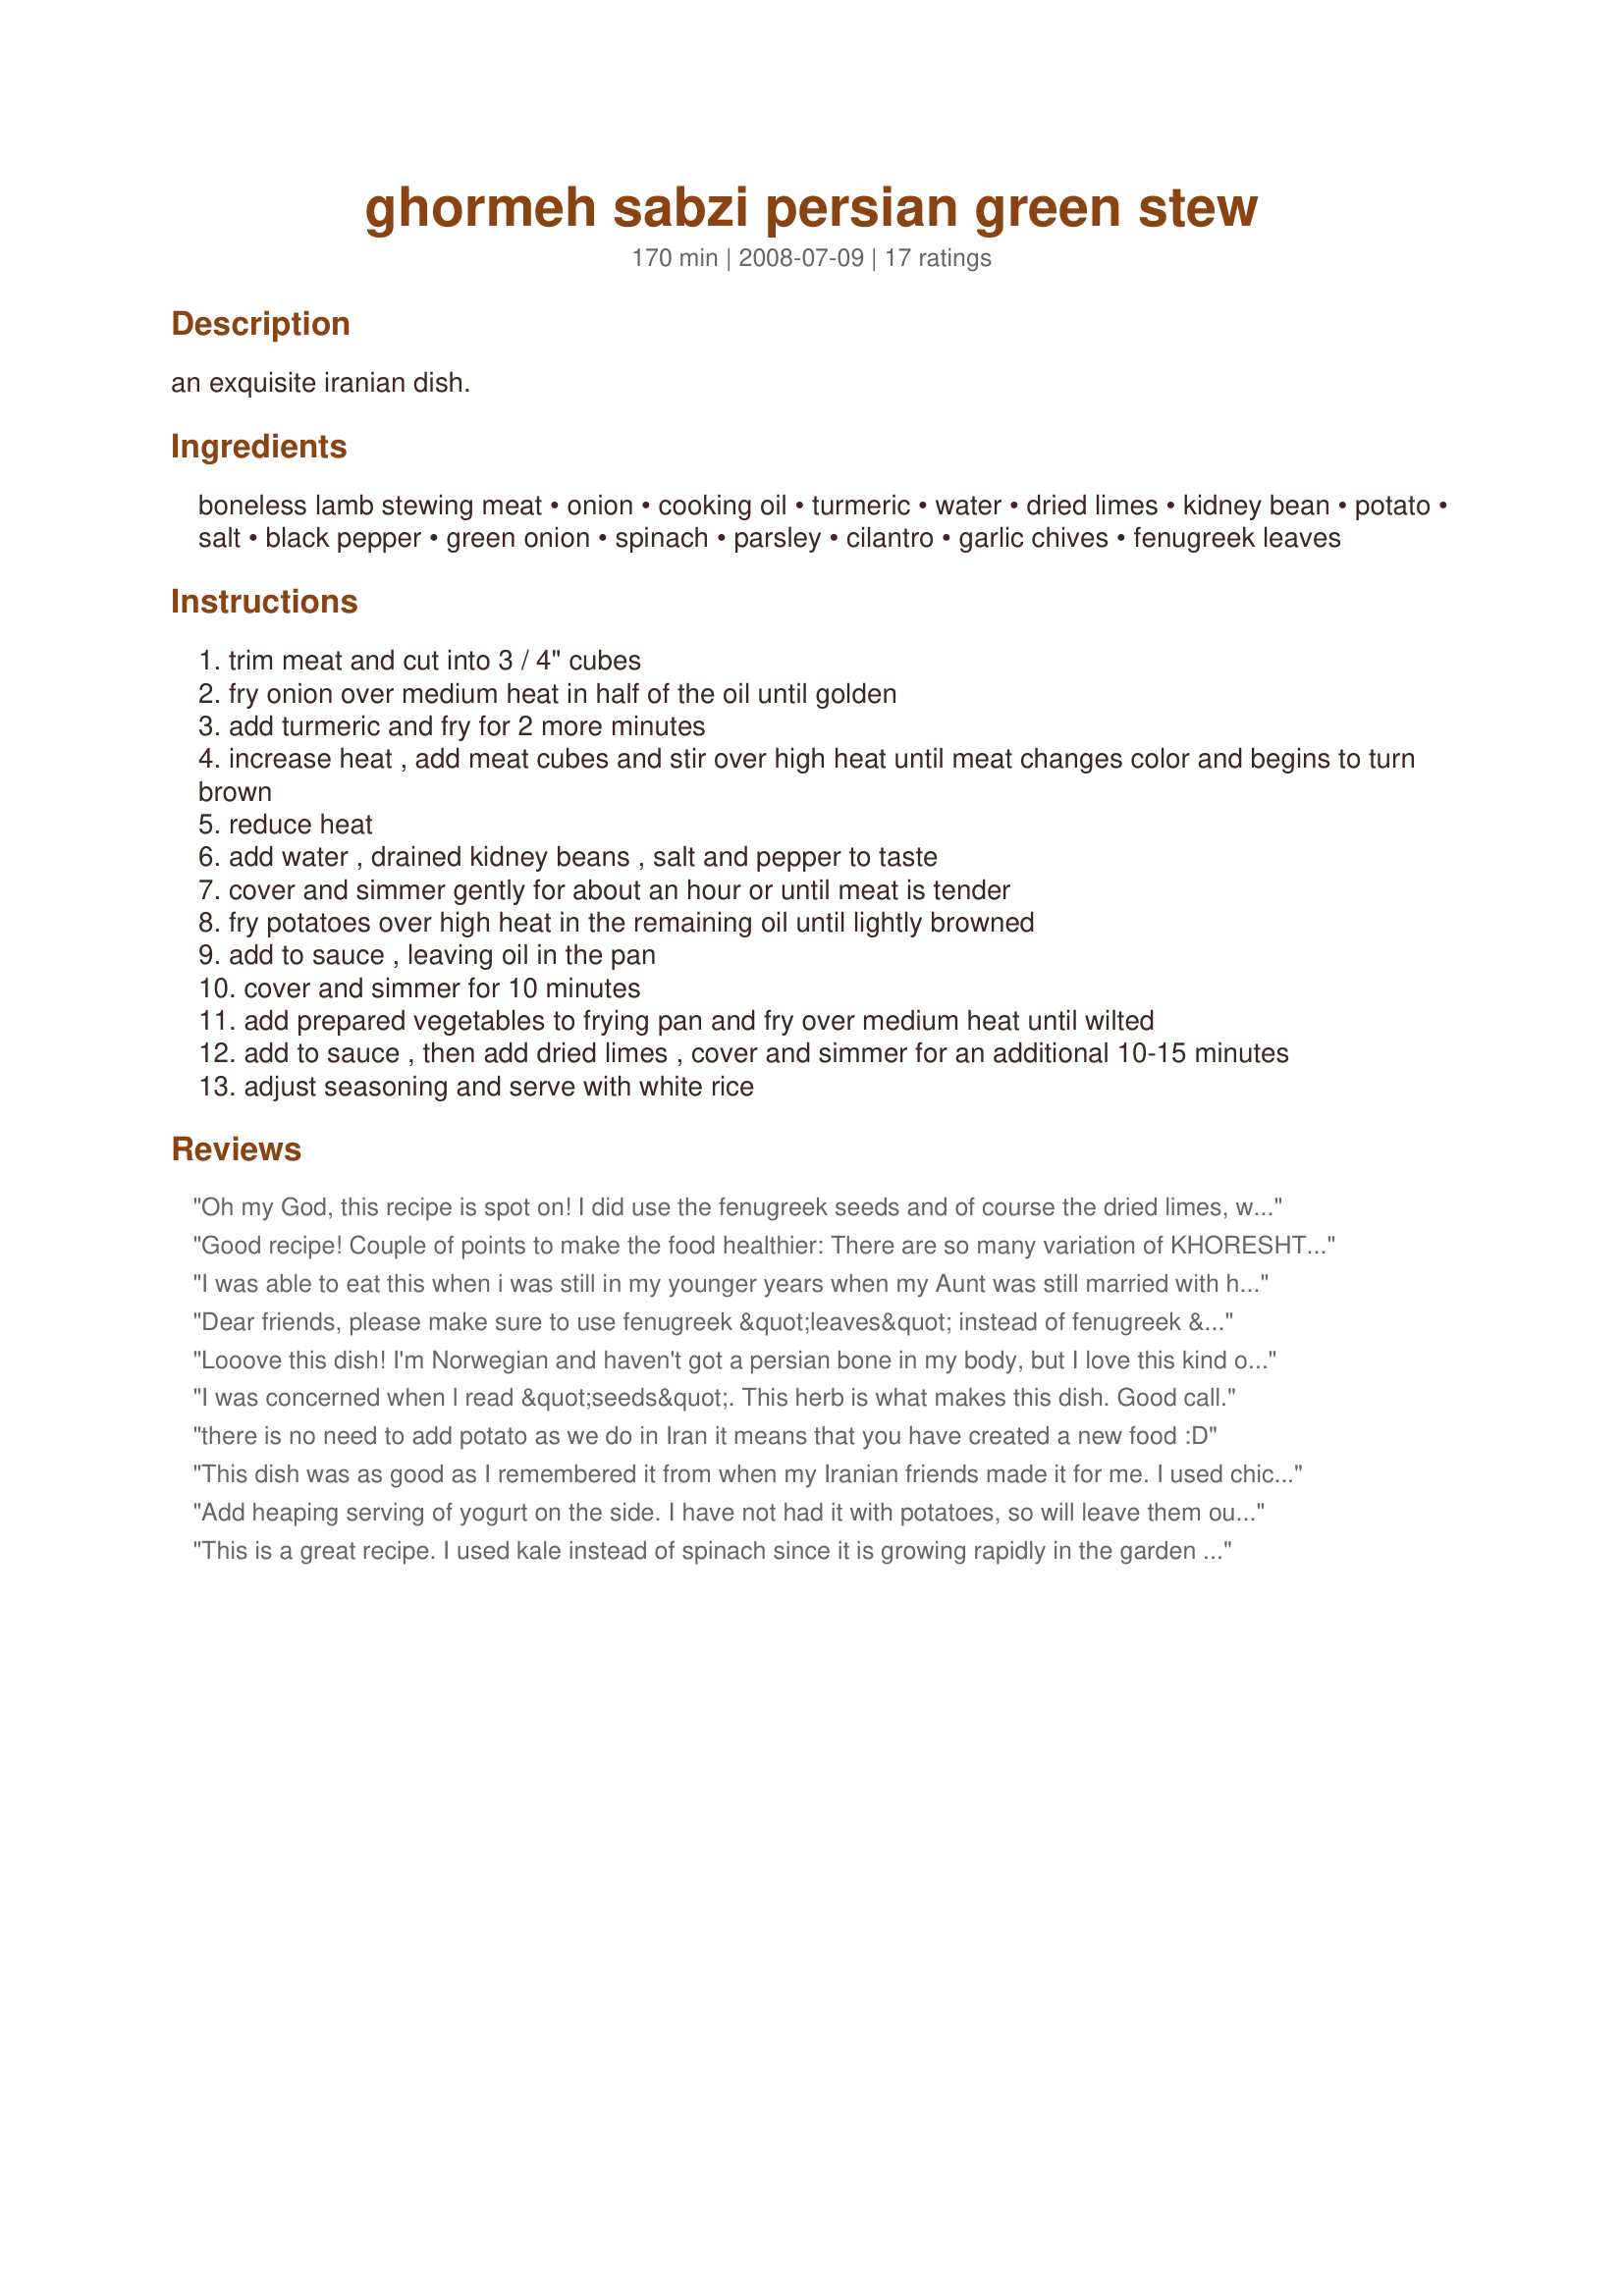
ghormeh sabzi persian green stew
Preparation time: 170 minutes

an exquisite iranian dish.

Ingredients:
boneless lamb stewing meat, onion, cooking oil, turmeric, water, dried limes, kidney bean, potato, salt, black pepper, green onion, spinach, parsley, cilantro, garlic chives, fenugreek leaves

Steps:
trim meat and cut into 3 / 4" cubes
fry onion over medium heat in half of the oil until golden
add turmeric and fry for 2 more minutes
increase heat , add meat cubes and stir over high heat until meat changes color and begins to turn brown
reduce heat
add water , drained kidney beans , salt and pepper to taste
cover and simmer gently for about an hour or until meat is tender
fry potatoes over high heat in the remaining oil until lightly browned
add to sauce , leaving oil in the pan
cover and simmer for 10 minutes
add prepared vegetables to frying pan and fry over medium heat until wilted
add to sauce , then add dried limes , cover and simmer for an additional 10-15 minutes
adjust seasoning and serve with white rice

Reviews:
Oh my God, this recipe is spot on! I did use the fenugreek seeds and of course the dried limes, which I got at a middle east market. Absolutely delicious. Anyone else wanting to try this and has never before had Persian food, be sure and eat this with Basmati Rice. Any other rice would be a sin. I cook my rice with saffron.
Good recipe! Couple of points to make the food healthier: There are so many variation of KHORESHT -E GHORMEH SABZI which means meat and herb stew. Some even makes it with chicken and some do not use Spinach... But the recipe is all and all a good one. You can try it with different herbs and see what suits you the best! I personally like it with lamb or veal meat but with I definitely love grass-fed meat and the bone together as it increases the nutritious factor and the taste of the food.
1- no need for potatoes unless you love it. Some Iranian from south and central provinces use it, but you really do not need the extra carbohydrate as usually one eats this with cooked Iranian (or if you cannot find Iranian, basmati) rice.
2- although you can use prepackaged dry herbs (bought from Iranian stores) that makes it easy, fresh herbs always taste superior and has more benefits and better color.
3- Instead of can bean, use red kidney beans or pinto beans, soaked overnight and cooked together with meat or separately. If you cook it separately, you can make sure the beans do not get too soft and add it to the stew with herbs. And also include the beans water if you cook it yourself, it makes the stew more solid and tastier in my opinion.
4- Do not fry the herbs too much. Five minuets frying is enough. I sometimes do not even fry them and add them right into the stew when the meat is almost cooked.
5- my observation is that somehow the next day ghormeh sabzi tastes even better :)
I was able to eat this when i was still in my younger years when my Aunt was still married with her Iranian hubby. And it was a long time ago. And i met an Iranian friend where i was able to eat this again. OMG! this really tastes good. I wanted to try it at home but don't know where to buy those herbs. Can anyone suggest where could i find it here in the Philippines. I tried looking for it in SM Hypermart but couldn't find it there. I hope i could get suggestions here. Thanks for anyone who could give me a reply on this.
Dear friends, please make sure to use fenugreek &quot;leaves&quot; instead of fenugreek &quot;seeds.&quot; If you use the seeds, it will ruin your dish and make it bitter. I submitted a correction. I hope that it&#039;s approved. Plus, traditional ghormeh sabzi does not potato in it. Happy cooking!
Looove this dish! I'm Norwegian and haven't got a persian bone in my body, but I love this kind of food. I'm vegan so I used Oumph (a kind of chicken substitute) instead of the meat, and it was just insane. I ate until I almost cried. Gonna make it again today, yum!
I was concerned when l read &quot;seeds&quot;. This herb is what makes this dish. Good call.
there is no need to add potato as we do in Iran it means that you have created a new food :D
This dish was as good as I remembered it from when my Iranian friends made it for me. I used chicken instead of lamb. I served it with Tahdig / Basmati rice. The flavours were amazing! I'll definitely be returning to this recipe sooner than later!
Add heaping serving of yogurt on the side. I have not had it with potatoes, so will leave them out. Have not made this yet, but will give 5 stars.
This is a great recipe. I used kale instead of spinach since it is growing rapidly in the garden now, and used about double the amount. It was amazing!
Although this is not the traditional recipe this is very close to how my Persain makes it. No potato or fenugreek. We use 2 bunches of green onion instead of garlic chives and onion. Collard greens instead of spinach and we add a pinch or two of saffron. His grandmother makes it the traditional way. While it is good it's not nearly as good as our version.
there is no need for potato and I have never heard of adding potato for sauce. I hope this recipe was written by an Iranina.
My father is Persian and would make this dish growing up all the time. Although there are variations of this dish, this recipe was easy to follow and tasted just like I expected it to -- delicious! I used stew meat so it was already cut and only let it simmer for about 30 minutes instead of the full hour. I still got the same great taste. I am adding this to my recipe box!
Being familiar with Persian food and this dish, just reading through the ingredients tells me it is not authentic therefore it will not taste nearly as delicious as the authentic recipe... NOT worth trying.
The vegetable mix for this dish can be purchased in Iranian groceries here. I haven't made it for years and couldn't remember the recipe when I found the "lost" bag with the dried veggies in the depth of my pantry. This was exactly what I was looking for - love it :D Thanks for posting!<br/>Made for Healthy Hearts Find The Tags / Diabetic Forum Feb. 2012.
pleas don't add fenugreek seeds.......i followed ur recipe and add these and it turns out to be bitter....ruined my 5-hour ghormeh sabzi(crying.............). So i need to take them out one by one ....because they are quite small so it is really time consuming......Luckily the bitterness doesn't come to the dish.....
I made this over the weekend for my Persian boyfriend. He was skeptical about me finding a good recipe online. I'm happy to report that it got the stamp of approval; he said that it tasted exactly the way it's supposed to. Thank you for sharing it, I have bookmarked it and will be making it over and over again.
